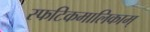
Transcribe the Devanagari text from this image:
स्फटिकमालिकाम्